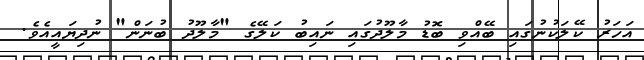
އަހަރު ކޭލަކުނުގައި ބޭއްވި ބޮޑު މާލޫދުގައި ނައިބު ކަލޭގެ "މާލޫދު ބުނަން" ނުދިޔައީއެވެ.